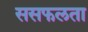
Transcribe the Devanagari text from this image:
ससफलता